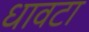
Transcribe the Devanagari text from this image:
धावटा